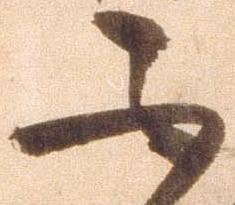
不